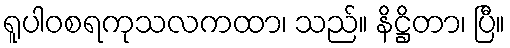
ရူပါဝစရကုသလကထာ၊ သည်။ နိဋ္ဌိတာ၊ ပြီ။